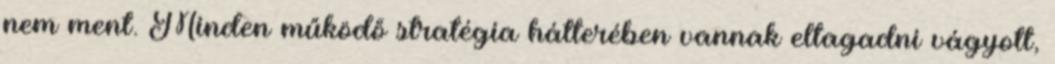
nem ment. Minden működő stratégia hátterében vannak eltagadni vágyott,